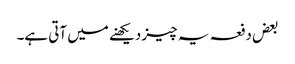
بعض دفعہ یہ چیز دیکھنے میں آتی ہے۔